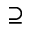
\supseteq